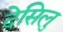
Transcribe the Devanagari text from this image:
देसिलु